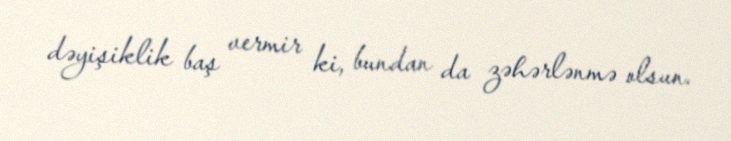
dəyişiklik baş vermir ki, bundan da zəhərlənmə olsun.